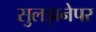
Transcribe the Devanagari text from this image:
सुलझनेपर